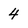
Character: 4